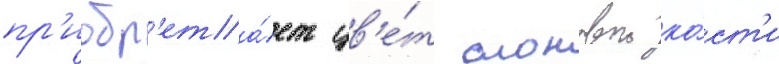
пр'иобр'ета́ет цв'е́т слоновои ко́ст'и